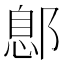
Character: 鄎